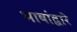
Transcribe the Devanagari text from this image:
भाषांद्वारे